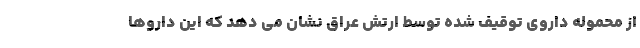
از محموله داروی توقیف شده توسط ارتش عراق نشان می دهد که این داروها